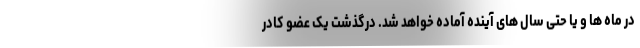
در ماه ها و یا حتی سال های آینده آماده خواهد شد. درگذشت یک عضو کادر